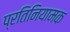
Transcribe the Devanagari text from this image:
प्रतिनियामक